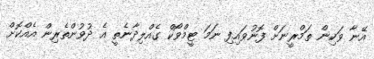
އޭނާ ވަކިން ތަމްރީނަށް ފޮނުވައިފި ނަމަ ޓީމްވޯކް ގެއްލިދާނެތީ އެ ދުވުންތެރިން އެއްކޮށް